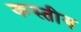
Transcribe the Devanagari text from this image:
कस्तीग